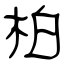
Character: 柏